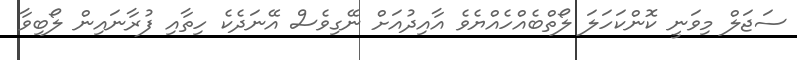
ސަޖަލް މިވަނީ ކޮންކަހަލަ ލޯތްބެއްހެއްޔެވެ އާއިދުއަށް ނޭގިވެސް އޭނަދެކެ ހިތާއި ފުރާނައިން ލޯބިވާ